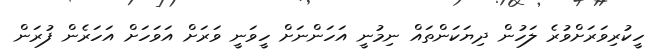
ހީކުރިވަރަށްވުރެ ލަހުން ދިޔަކަންތައް ނިމުނީ އަހަންނަށް ހީވަނީ ވަރަށް އަވަހަށް އަހަރެން ފުރަން